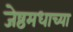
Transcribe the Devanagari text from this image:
जेष्ठमधाच्या